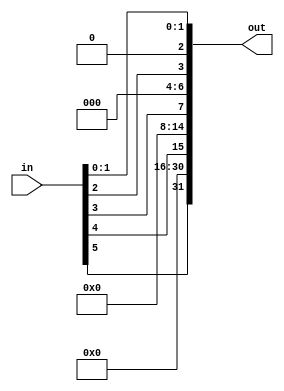
// keccak800.v

module keccak_key_expand(in, out);
    input [7:0] in;
    output [31:0] out;
    
    assign out = {in[5], 15'b0, in[4], 7'b0, in[3], 3'b0, in[2], 1'b0, in[1], in[0]};
endmodule